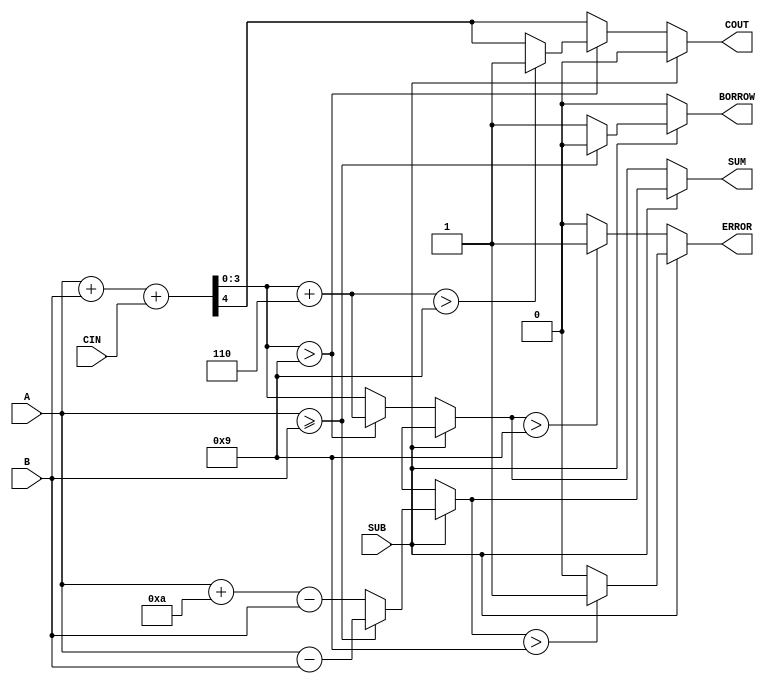
module bcd_add_subtracter (
    input [3:0] A,     // First BCD digit
    input [3:0] B,     // Second BCD digit
    input SUB,         // Control signal for addition (0) or subtraction (1)
    input CIN,         // Carry input for addition
    output reg [3:0] SUM, // Resulting BCD digit
    output reg COUT,    // Carry output for BCD addition
    output reg BORROW,  // Borrow output for BCD subtraction
    output reg ERROR     // Error flag for invalid BCD output
);

    always @(*) begin
        // Initialize outputs
        SUM = 4'b0000;
        COUT = 1'b0;
        BORROW = 1'b0;
        ERROR = 1'b0;

        if (SUB == 0) begin
            // Addition: A + B + CIN
            {COUT, SUM} = A + B + CIN;

            // BCD correction if SUM exceeds 9
            if (SUM > 4'b1001) begin
                SUM = SUM + 4'b0110; // Add 6 for BCD correction
                COUT = (SUM > 4'b1001) ? 1'b1 : COUT; // Check for overflow after correction
            end
            
            // Check for invalid BCD output
            if (SUM > 4'b1001) begin
                ERROR = 1'b1;
            end
        end else begin
            // Subtraction: A - B
            if (A >= B) begin
                SUM = A - B; // Direct subtraction if A is greater or equal to B
            end else begin
                SUM = (A + 4'b1010) - B; // Add 10 to A for BCD correction
                BORROW = 1'b1; // Set borrow flag
            end

            // Check if SUB result is in valid BCD range
            if (SUM > 4'b1001) begin
                ERROR = 1'b1;
            end
        end
    end

endmodule